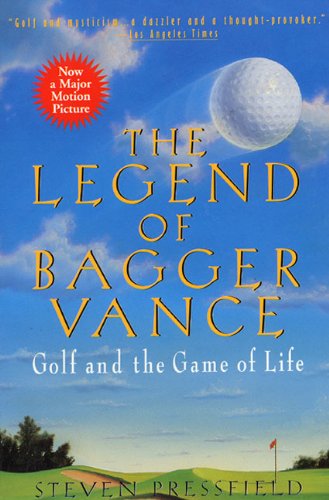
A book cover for The Legend of Bagger Vance: A Novel of Golf and the Game of Life; Steven Pressfield; Literature & Fiction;